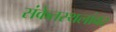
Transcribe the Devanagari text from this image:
संकेतस्थलांवर